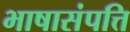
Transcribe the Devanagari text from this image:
भाषासंपत्ति